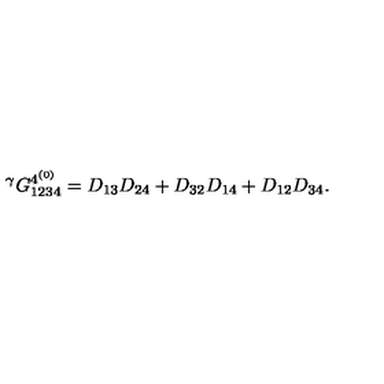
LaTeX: { } ^ { \gamma } G _ { 1 2 3 4 } ^ { { 4 } ^ { ( 0 ) } } = D _ { 1 3 } D _ { 2 4 } + D _ { 3 2 } D _ { 1 4 } + D _ { 1 2 } D _ { 3 4 } .